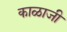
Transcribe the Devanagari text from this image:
काळाजी